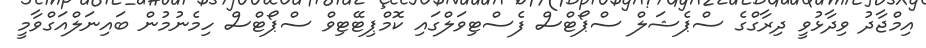
އިމްޖާދު ވިދާޅުވީ ދިރާގްގެ ސްޕެޝަލް ސްޕޯޓްސް ފެސްޓިވަލްގައި ކޮމްޕިޓޭޓިވް ސްޕޯޓްސް ހިމެނުމުން ބައިނަލްއަގްވާމީ